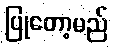
ပြုတော့မည်